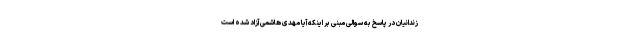
زندانیان در پاسخ به سوالی مبنی بر اینکه آیا مهدی هاشمی آزاد شده است